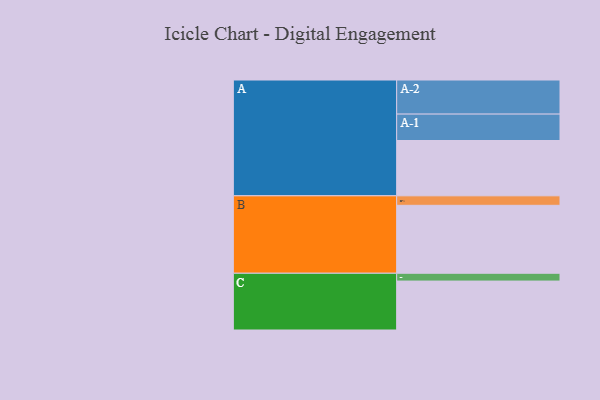
{"axis": {"x": "Segment", "y": "Value"}, "legend": ["", "A", "B", "C"], "data": [{"x": "A", "y": 425, "type": ""}, {"x": "B", "y": 522, "type": ""}, {"x": "C", "y": 376, "type": ""}, {"x": "A-1", "y": 203, "type": "A"}, {"x": "A-2", "y": 262, "type": "A"}, {"x": "B-1", "y": 73, "type": "B"}, {"x": "C-1", "y": 60, "type": "C"}]}